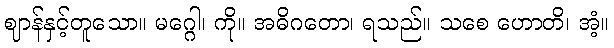
ဈာန်နှင့်တူသော။ မဂ္ဂေါ၊ ကို။ အဓိဂတော၊ ရသည်။ သစေ ဟောတိ၊ အံ့။